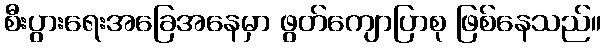
စီးပွားရေးအခြေအနေမှာ ဖွတ်ကျောပြာစု ဖြစ်နေသည်။